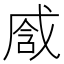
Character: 𢧒